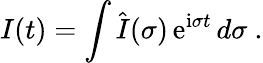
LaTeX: {\mathbf\cal I}(t)=\int\hat{\mathbf\cal I}(\sigma)\, \mathrm{e}^{\mathrm{i}\sigma t}\, d\sigma\ .